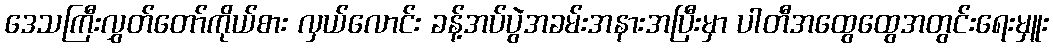
ဒေသကြီးလွှတ်တော်ကိုယ်စား လှယ်လောင်း ခန့်အပ်ပွဲအခမ်းအနားအပြီးမှာ ပါတီအထွေထွေအတွင်းရေးမှူး